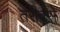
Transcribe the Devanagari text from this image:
तरीक्से